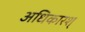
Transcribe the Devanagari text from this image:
अधिकारश्